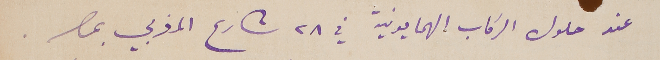
عند حلول الركاب الهمايونية في ٢٨ شارع المغربي بمصر.